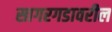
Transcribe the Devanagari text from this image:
सागरगडावरील